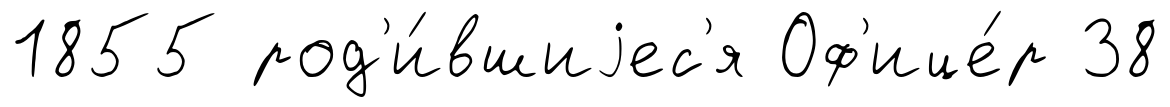
1855 род'и́вшиjес'я Оф'ице́р 38